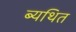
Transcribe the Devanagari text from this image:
ब्यथित